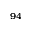
^ { 9 4 }